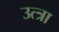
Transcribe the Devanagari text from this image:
उत्त्रा